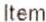
ITEM